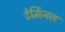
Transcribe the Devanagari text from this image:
टेर्मिनल